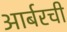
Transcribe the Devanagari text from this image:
आर्बरची